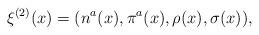
LaTeX: \begin{align*}\xi^{(2)}(x)=(n^{a}(x),\pi^{a}(x),\rho(x),\sigma(x)),\end{align*}